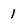
Character: 1